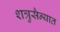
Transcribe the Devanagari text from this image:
शत्रुसैन्यात